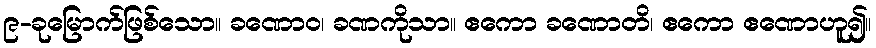
၉-ခုမြောက်ဖြစ်သော။ ခဏောဝ၊ ခဏကိုသာ။ ဧကော ခဏောတိ၊ ဧကော ဧဏောဟူ၍။